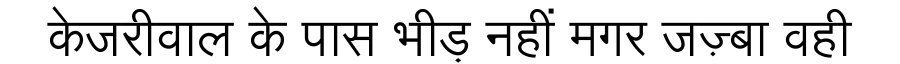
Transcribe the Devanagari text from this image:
केजरीवाल के पास भीड़ नहीं मगर जज़्बा वही